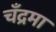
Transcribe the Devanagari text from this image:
चँद्रमा